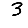
Digit: 3